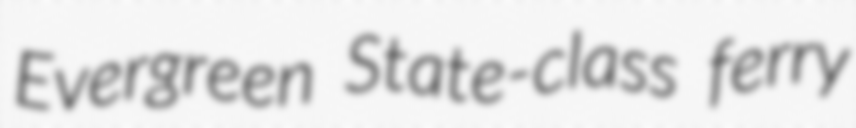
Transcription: Evergreen State-class ferry